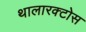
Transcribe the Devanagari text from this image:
थालारक्टोस